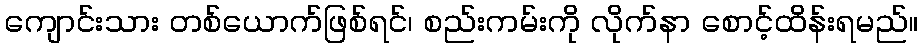
ကျောင်းသား တစ်ယောက်ဖြစ်ရင်၊ စည်းကမ်းကို လိုက်နာ စောင့်ထိန်းရမည်။